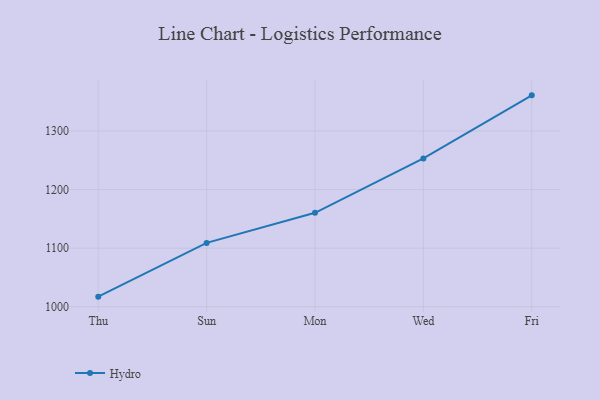
{"axis": {"x": "Day", "y": "Headcount"}, "legend": ["Hydro"], "data": [{"x": "Thu", "y": 1017.2, "type": "Hydro"}, {"x": "Sun", "y": 1109.0, "type": "Hydro"}, {"x": "Mon", "y": 1160.4, "type": "Hydro"}, {"x": "Wed", "y": 1253.2, "type": "Hydro"}, {"x": "Fri", "y": 1360.9, "type": "Hydro"}]}